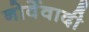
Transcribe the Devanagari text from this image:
नोर्वेवादी